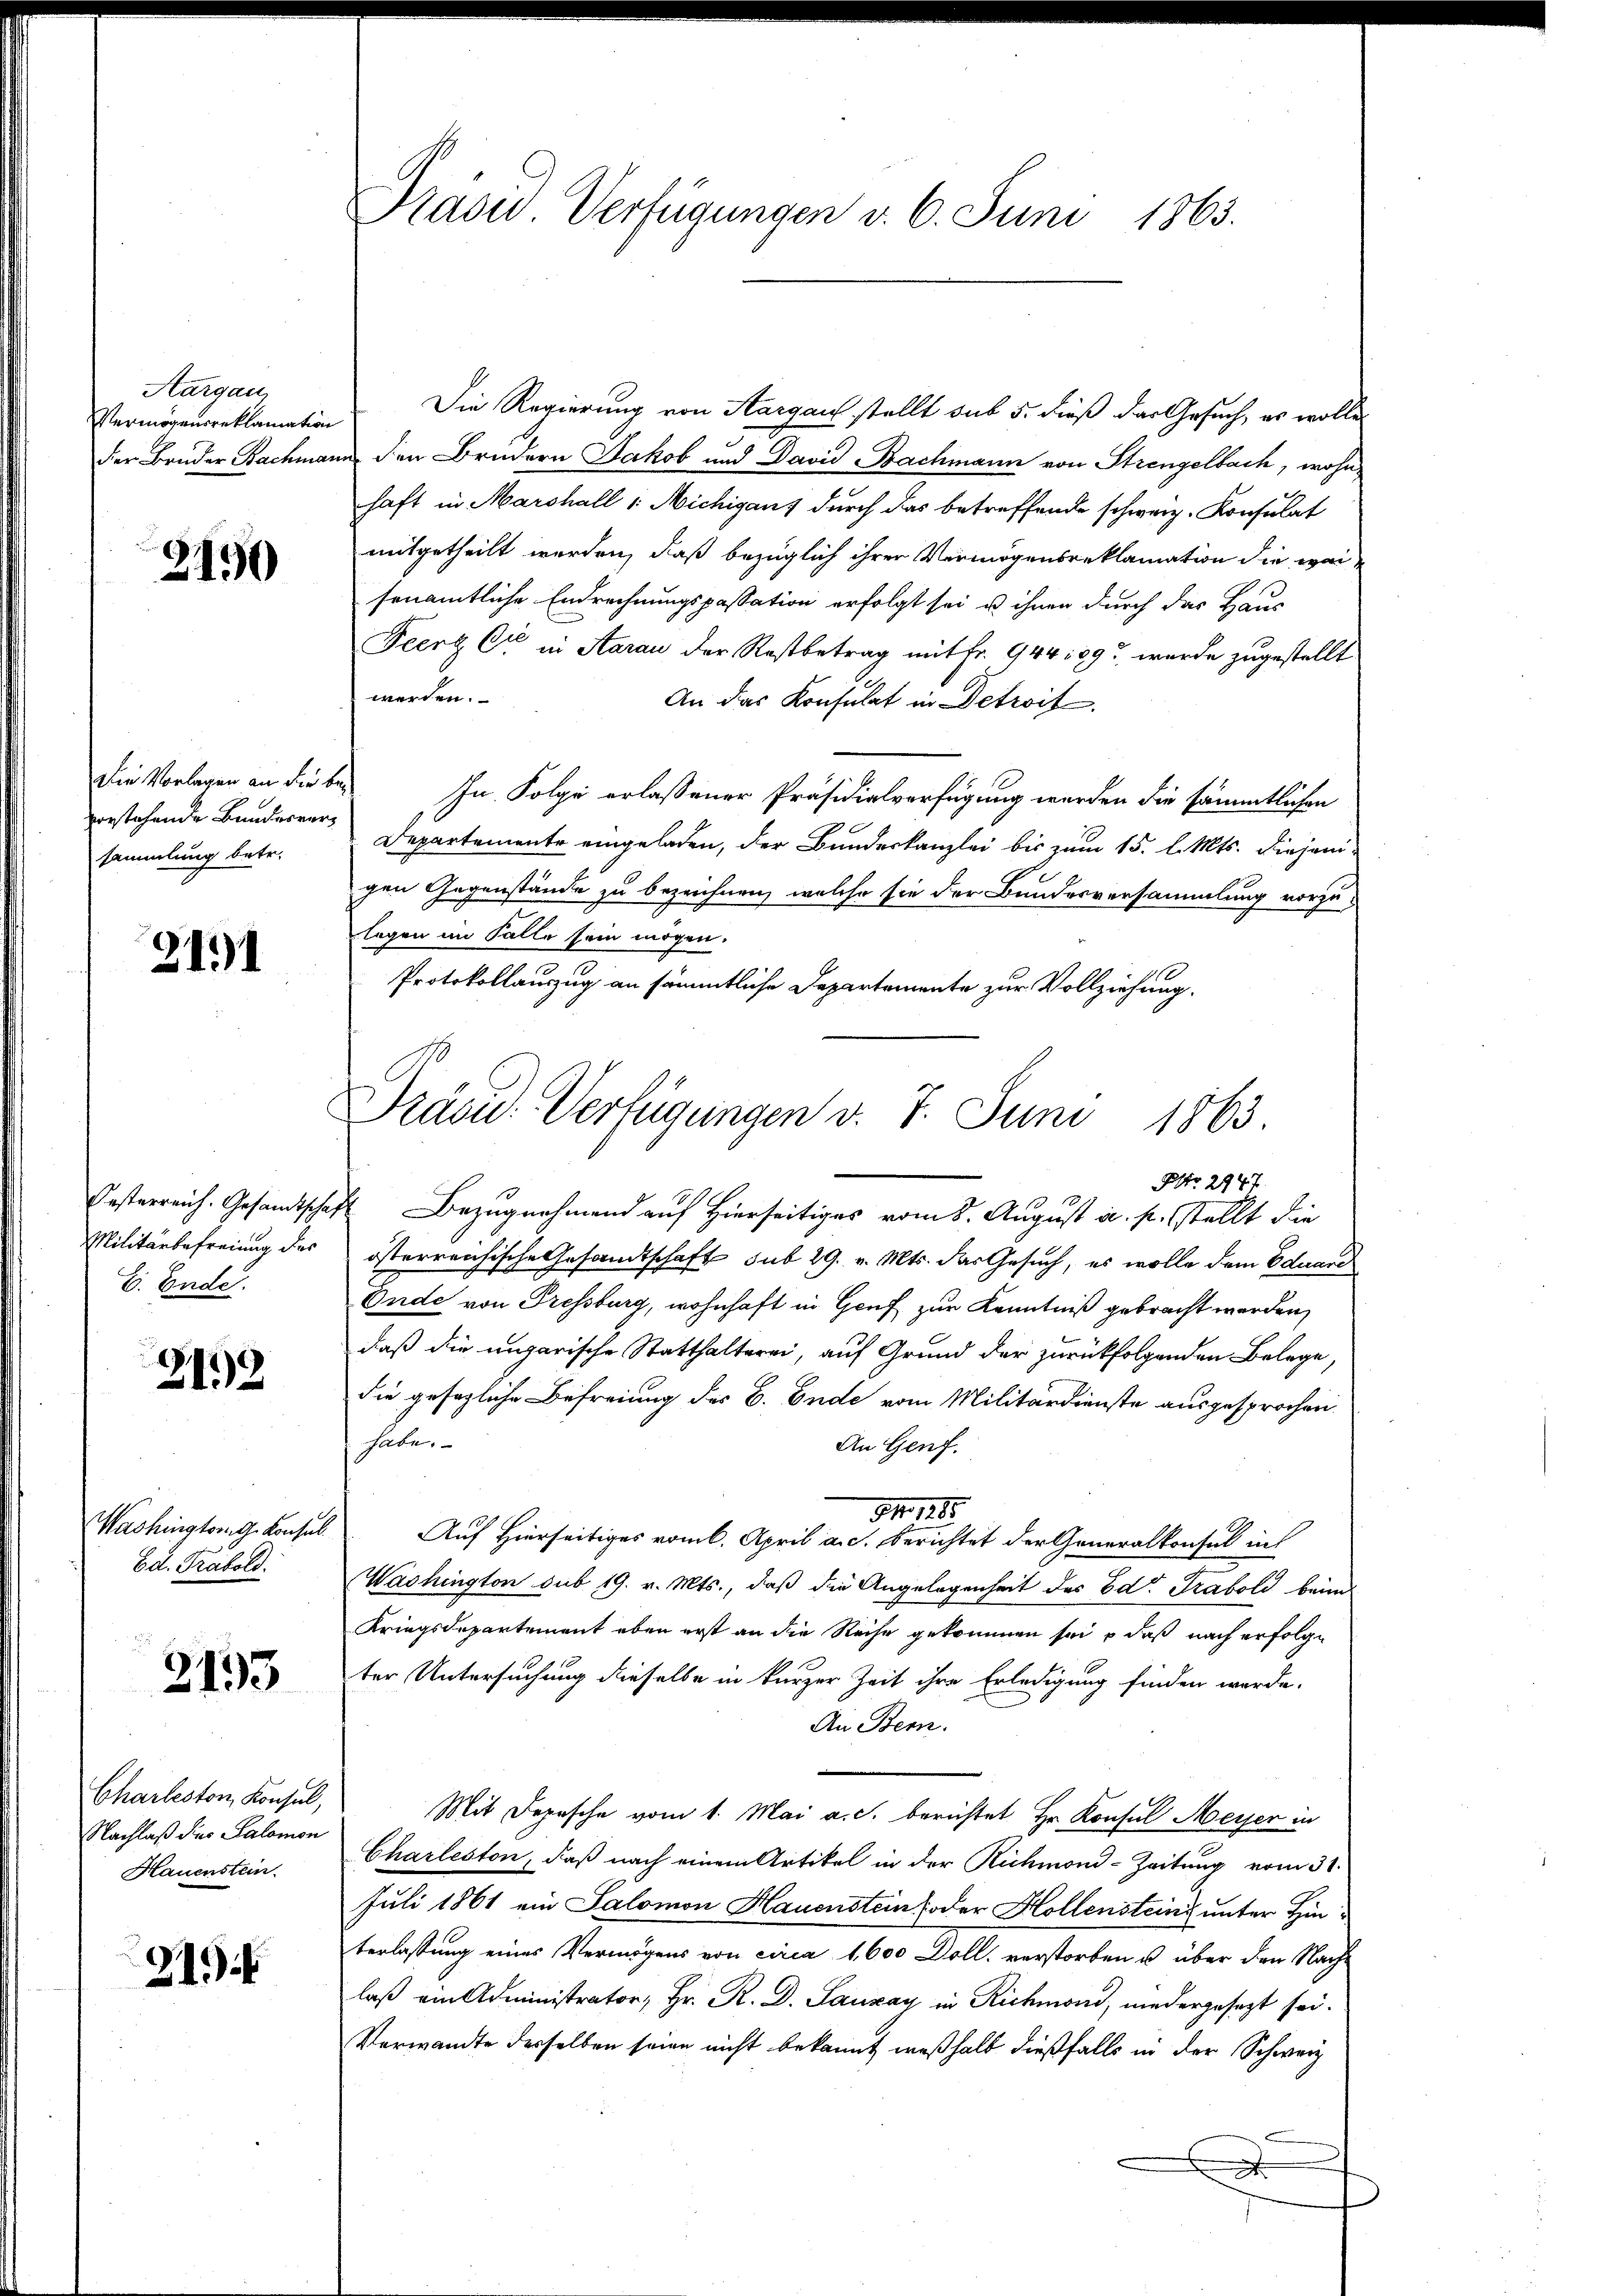
Aargau
Vermögensreklamation
der Brüder Bachman

3190

Die Vorlagen an die be
vorstehende Bundesversammlung betr.

211

Oesterreich. Gesandtschaf
Militärbefreiung des
E. Ende.

212

Washingtong. Konsul
Ed. Trabold.

2133

Charleston Konsul,
Nachlaß des Salomon
Hauenstein.

319.

Präsid Verfügungen v. 6. Juni 1863.

Die Regierung von Aargau stellt sub 5. dieß das Gesuch, es wolle
in den Brudern Jakob und David Bachmann von Strengelbach, wohnhaft in Marchall /: Michigant durch das betreffende schweiz. Konsulat
mitgetheilt werden, daß bezüglich ihrer Vermögensreklamation die weisenamtliche Endrechnungspassation erfolgt sei ist ihnen durch das Haus
Feert C in Aarau der Restbetrag mit Fr. 944 : 39 wurde zugestellt
werden.
An das Konsulat in Detroit
In Folge erlassener Präsidialverfügung werden die sämmtlichen
Departemente eingeladen, der Bundeskanzlei bis zum 15. l. Mts. diejenigen Gegenstände zu bezeichnen, welche sie der Bundesversammlung vorzulagen im Falle sein mögen.
Protokollauszug an sämmtliche Departemente zur Vollziehung.

Bezugnahmend auf Hierseitiges vom 8. August u. s. stellt die
österreichische Gesandtschaft sub 29. v. Mts. das Gesuch, es wolle dem Eduare
Ende von Pressburg, wohnhaft in Genf zur Kenntniß gebracht werden,
daß die ungarische Statthalterei, auf Grund der zurückfolgenden Belege,
die gesagliche Befreiung des B. Ende vom Militärdienste ausgesprochen.
habe.
An Genf.
94. 125.
Auf Hierseitiges vom 6. April a. c. berichtet der Generalkonsul in
Washington sub 19. v. Mts., daß die Angelegenheit des Ed. Trabold beim
Kriegsdepartement eben erst an die Reihe gekommen sei – daß nach erfolgen
ter Untersuchung dieselbe in kurzer Zeit ihre Erledigung finden werde.
An Bern.
Mit Depesche vom 1. Mai a. c. berichtet Hr. Konsul Meyer in
Charleston, daß nach einem Artikel in der Richmond-Zeitung vom 31.
Juli 1861 ein Salomon Hauenstein (oder Hollensteins unter Hinterlassung eines Vermögens von circa 1,600 Doll, verstorben u. über den Nachlaß ein Administrat Hr. R. D. Lazay in Richon, niedergesezt sei.
Verwandte desselben seien nicht bekannt, weßhalb dießfalls in der Schweiz

Praou. Verfügungen v. 7. Juni 1863.
NNo. 2947